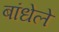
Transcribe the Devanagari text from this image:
बांधेले